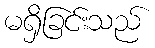
မရှိခြင်းသည်